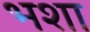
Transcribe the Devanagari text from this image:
भशा